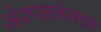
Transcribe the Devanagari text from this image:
जेरुसलेमचा